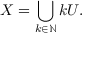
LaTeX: X = \bigcup _ { k \in \mathbb { N } } k U .